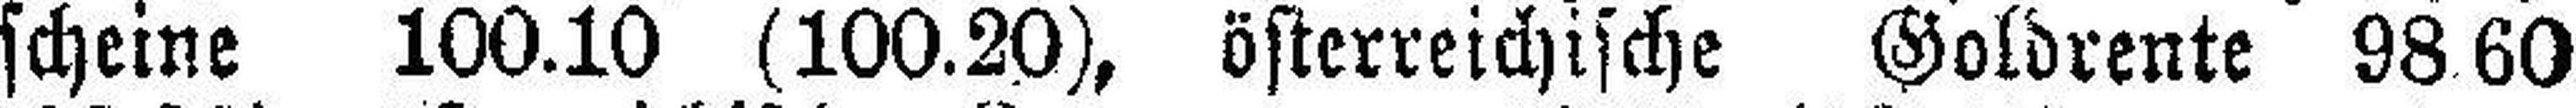
scheine 100.10 (100.20), österreichische Goldrente 98.60